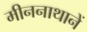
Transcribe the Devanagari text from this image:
मीननाथानें